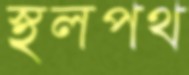
স্থলপথ